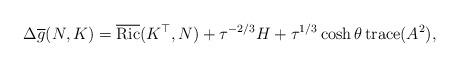
LaTeX: \begin{align*}\Delta\overline{g}(N, K)=\overline{{\rm Ric}}(K^\top, N)+\tau^{-2/3}H+\tau^{1/3}\cosh\theta\, {\rm trace}(A^2),\end{align*}